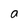
Character: a